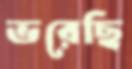
ভরেছি